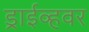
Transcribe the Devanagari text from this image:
ड्राईव्हवर